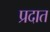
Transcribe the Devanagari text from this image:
प्रदात